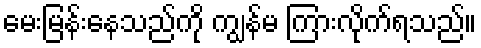
မေးမြန်းနေသည်ကို ကျွန်မ ကြားလိုက်ရသည်။